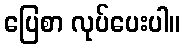
ပြေစာ လုပ်ပေးပါ။